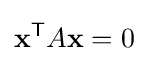
\mathbf {x} ^{\mathsf {T}}A\mathbf {x} =0